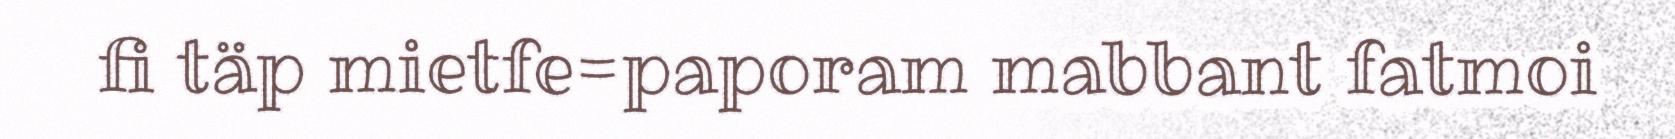
fi täp mietfe=paporam mabbant fatmoi